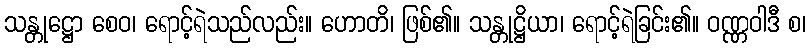
သန္တုဋ္ဌော စေဝ၊ ရောင့်ရဲသည်လည်း။ ဟောတိ၊ ဖြစ်၏။ သန္တုဋ္ဌိယာ၊ ရောင့်ရဲခြင်း၏။ ဝဏ္ဏဝါဒီ စ၊